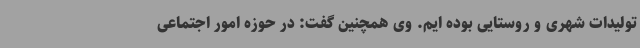
تولیدات شهری و روستایی بوده ایم. وی همچنین گفت: در حوزه امور اجتماعی